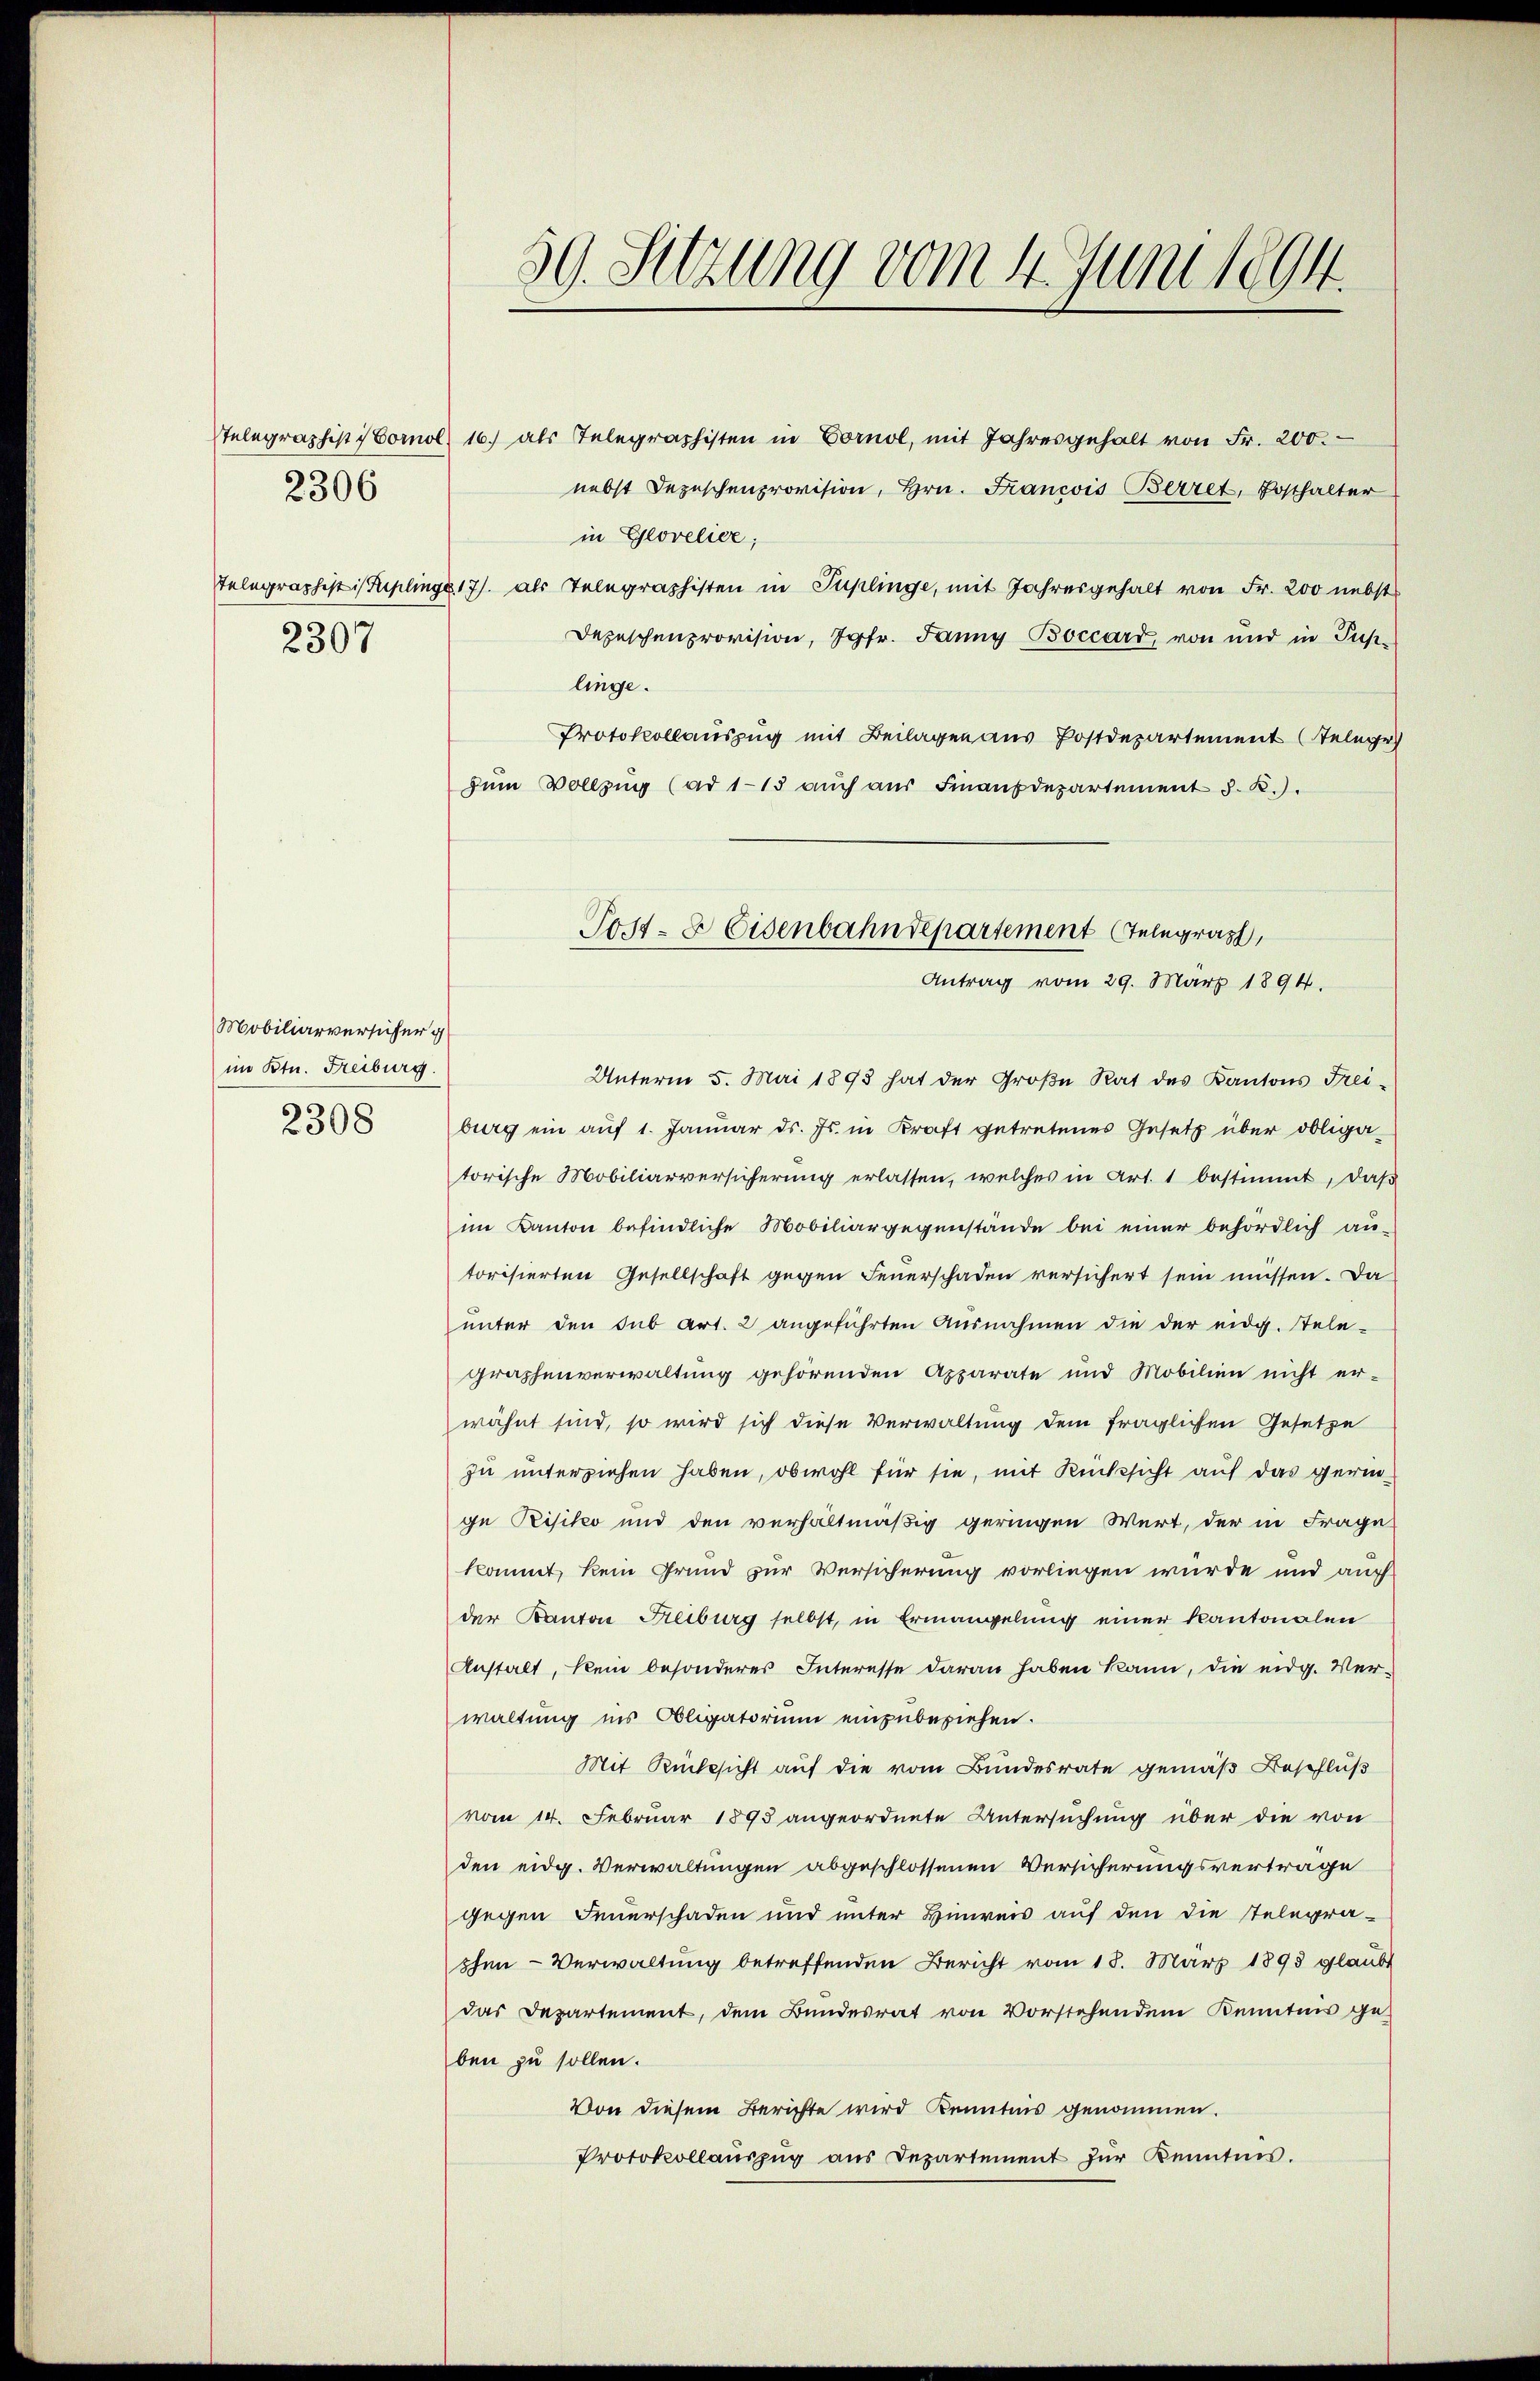
2307

2306

Mobiliarversicher g
im Ktn. Freiburg.
2308

59. Setzung vom 4. Juni 1894.

sTelegraphistorol. 16. als Telegraphisten in Cornol, mit Jahresgehalt von Fr. 200.
nebst Depeschenprovision, Hrn. Francois Berret, Posthalter
in Glovelice;
Telegraphististiplinge 17 als Telegraphisten in Puplinge, mit Jahresgehalt von Fr. 200 nebst
Depeschenprovision, Jgfr. Janny Boccard, von und in Puplinge.
Protokollauszug mit Beilagen aus Postdepartement (Telege
zŭm Vollzŭg (ad 115 aŭch aŭs Finanzdepartement J. K.).
Unterm 5. Mai 1898 hat der Groβe Rat des Kantons Frei-
burg ein aŭf 1. Januar ds. Js. in Kraft getretenes Gesetz über obliga-
torische Mobiliarversicherung erlassen, welches in Art. 1 bestimmt, daß
im Kanton befindliche Mobiliargegenstände bei einer behördlich au-
torisierten Gesellschaft gegen Feuerschaden versichert sein müssen. Da
unter den sub Art. 2 angeführten Ausnahmen die der eidg. Tele-
graphenverwaltung gehörenden Apparate und Mobilien nicht er-
wähnt sind, so wird sich diese Verwaltung dem fraglichen Gesetze
zu unterziehen haben, obwohl für sie, mit Rücksicht auf das geringe Risiko und den verhaltmäßig geringen Wert, der in Frage
kommt, kein Grund zur Versicherung vorliegen würde und auch
der Kanton Freiburg selbst, in Ermangelung einer Kantonalen
Anstalt, kein besonderes Interesse daran haben kann, die eidg. Ver-
waltung ins Obligatorium einzubeziehen.
Mit Rücksicht auf die vom Bundesrate gemäß Beschluß
vom 14. Februar 1895 angeordnete Untersuchung über die von
den eidg. Verwaltungen abgeschlossenen Versicherungsverträge
gegen Feuerschaden und unter Hinweis auf den die Telegrashen- Verwaltung betreffenden Bericht vom 18. März 1898 glaubt
das Departement, dem Bundesrat von Vorstehendem Kenntnis geben zu sollen.
Von diesem Berichte wird Kenntnis genommen.
Protokollauszug aus Departement zur Kenntnis.

Post- & Eisenbahndepartement (Telegrast,
Antrag vom 29. März 1894.